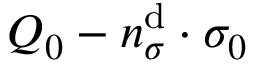
Q _ { 0 } - n _ { \sigma } ^ { \mathrm { d } } \cdot \sigma _ { 0 }